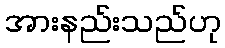
အားနည်းသည်ဟု